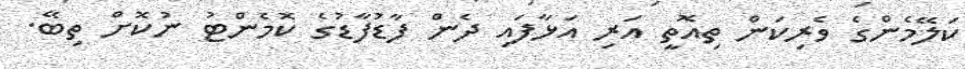
ކަލޭމެންގެ ވެރިކަން ތިއޮތީ އަރި އަޅާފައި ދެން ފާޑުފާޑުގެ ކޮމެންޓު ނުކޮށް ތިބޭ.